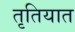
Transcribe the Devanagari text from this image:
तृतियात